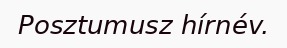
Posztumusz hírnév.